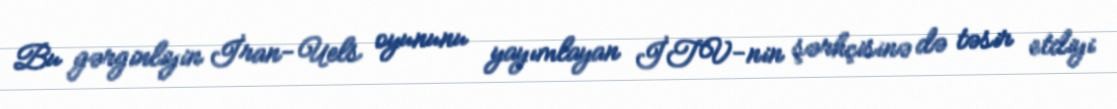
Bu gərginliyin İran-Uels oyununu yayımlayan İTV-nin şərhçisinə də təsir etdiyi